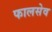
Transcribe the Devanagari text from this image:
फालसेव